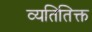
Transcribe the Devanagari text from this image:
व्यतितिक्त